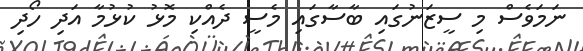
ނަމަވެސް މި ސީޒަނުގައި ބާސާގައި މެސީ ދެއްކި މޮޅު ކުޅުމާ އަދި ހޯދި